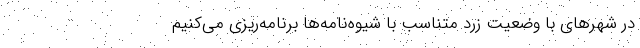
در شهرهای با وضعیت زرد متناسب با شیوه‌نامه‌ها برنامه‌ریزی می‌کنیم